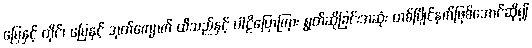
မြေနှင့် တိုင်၊ မြေနှင့် အုတ်ကျောက် ထိသည်နှင့် ပါဠိပြောကြား ရွတ်ဆိုခြင်းအဆုံး တစ်ပြိုင်နက်ဖြစ်အောင်ဆို၍